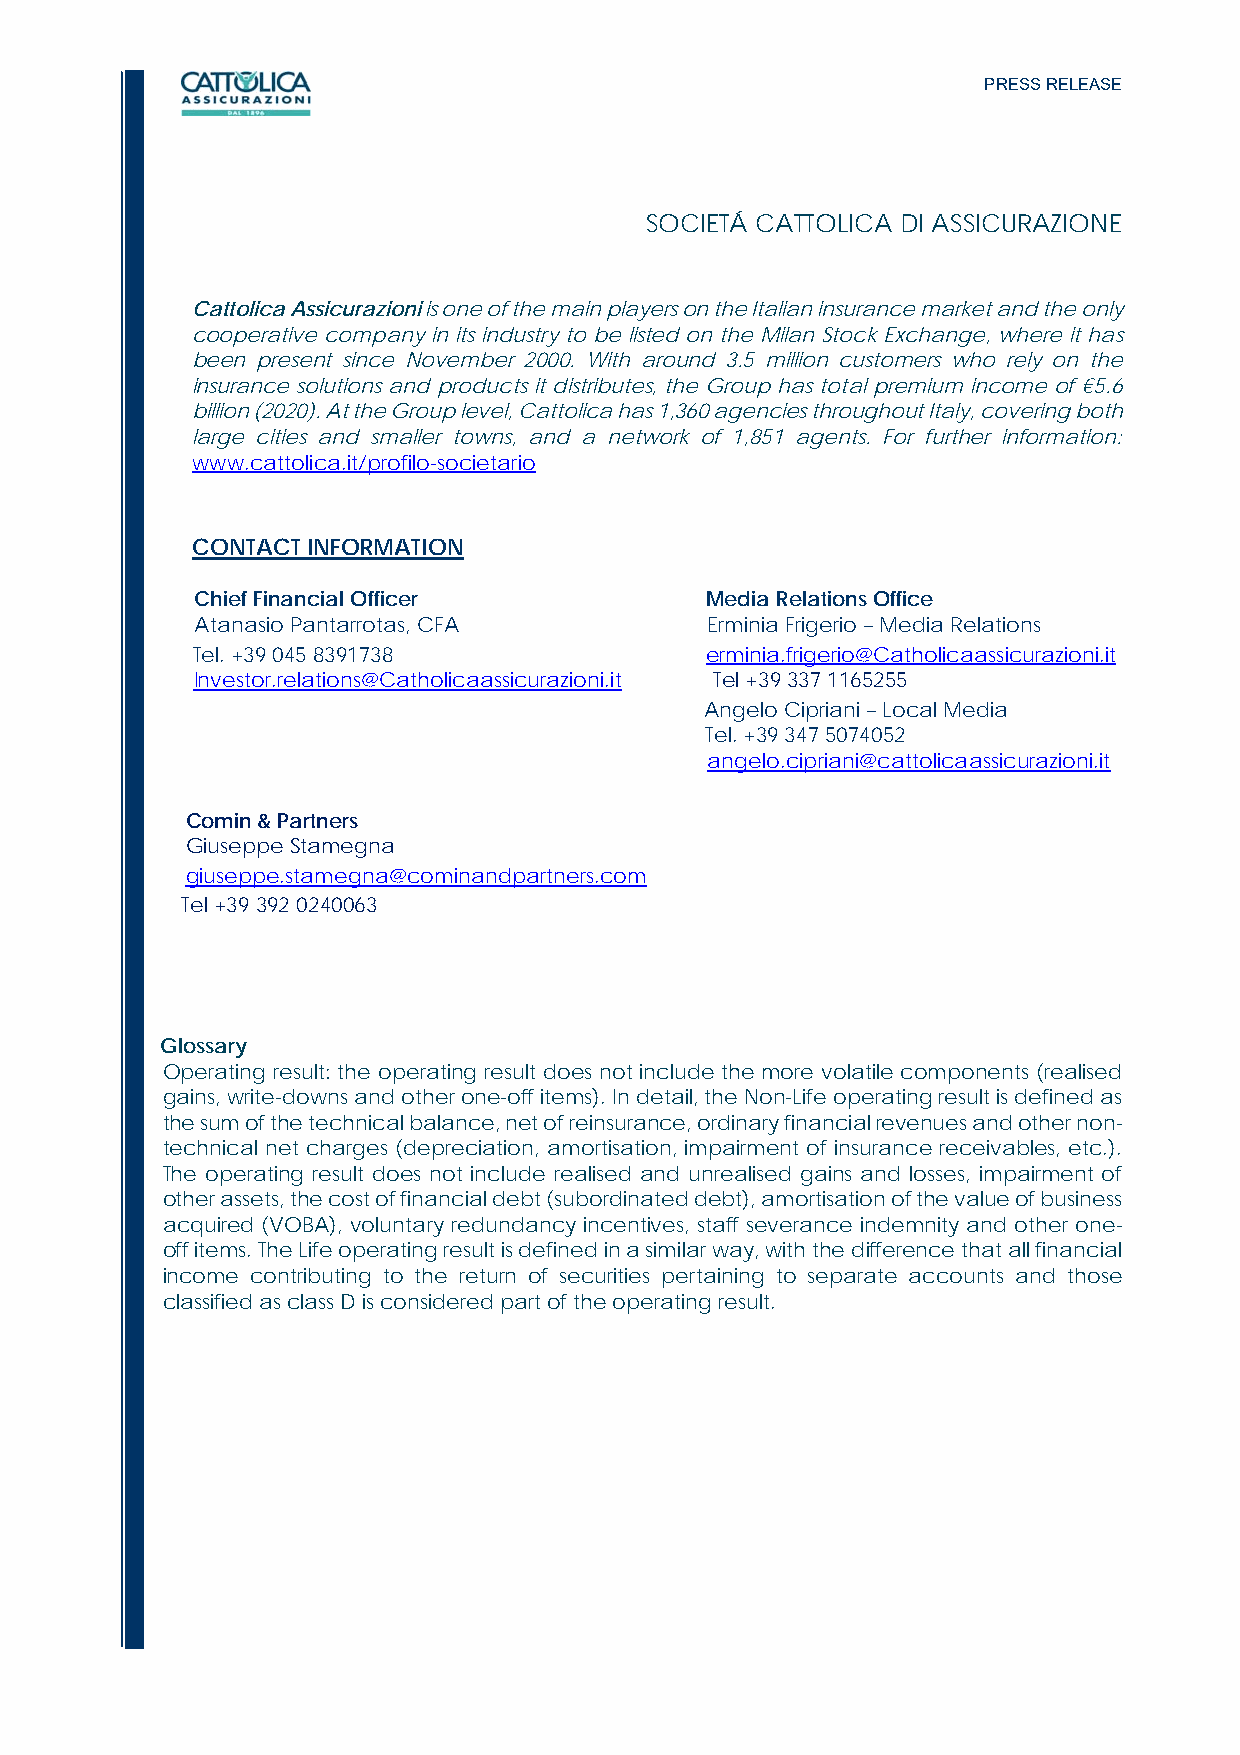
PRESS RELEASE
 SOCIETÁ CATTOLICA DI ASSICURAZIONE
 Cattolica Assicurazioni is one of the main players on the Italian insurance market and the only
 cooperative company in its industry to be listed on the Milan Stock Exchange, where it has
 been present since November 2000. With around 3.5 million customers who rely on the
 insurance solutions and products it distributes, the Group has total premium income of €5.6
 billion (2020). At the Group level, Cattolica has 1,360 agencies throughout Italy, covering both
 large cities and smaller towns, and a network of 1,851 agents. For further information:
 www.cattolica.it/profilo-societario
 CONTACT INFORMATION
 Chief Financial Officer           Media Relations Office
 Atanasio Pantarrotas, CFA         Erminia Frigerio – Media Relations
 Tel. +39 045 8391738              erminia.frigerio@Catholicaassicurazioni.it
 Investor.relations@Catholicaassicurazioni.it Tel +39 337 1165255
 Angelo Cipriani – Local Media
 Tel. +39 347 5074052
 angelo.cipriani@cattolicaassicurazioni.it
 Comin & Partners
 Giuseppe Stamegna
 giuseppe.stamegna@cominandpartners.com
 Tel +39 392 0240063
 Glossary
 Operating result: the operating result does not include the more volatile components (realised
 gains, write-downs and other one-off items). In detail, the Non-Life operating result is defined as
 the sum of the technical balance, net of reinsurance, ordinary financial revenues and other non-
 technical net charges (depreciation, amortisation, impairment of insurance receivables, etc.).
 The operating result does not include realised and unrealised gains and losses, impairment of
 other assets, the cost of financial debt (subordinated debt), amortisation of the value of business
 acquired (VOBA), voluntary redundancy incentives, staff severance indemnity and other one-
 off items. The Life operating result is defined in a similar way, with the difference that all financial
 income contributing to the return of securities pertaining to separate accounts and those
 classified as class D is considered part of the operating result.